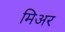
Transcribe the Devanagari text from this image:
मिअर